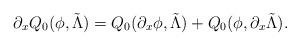
LaTeX: \begin{align*}\partial_xQ_0(\phi,\tilde{\Lambda})=Q_0(\partial_x \phi,\tilde{\Lambda})+Q_0(\phi,\partial_x \tilde{\Lambda}).\end{align*}